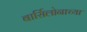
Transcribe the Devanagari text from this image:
बार्सिलोनाच्या